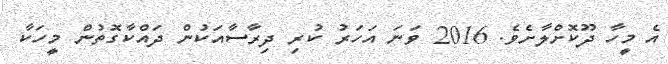
އެ މީހާ ދޫކޮށްލާށެވެ. 2016 ވަނަ އަހަރު ކުރި ދިރާސާއަކުން ދައްކާގޮތުން މީހަކާ